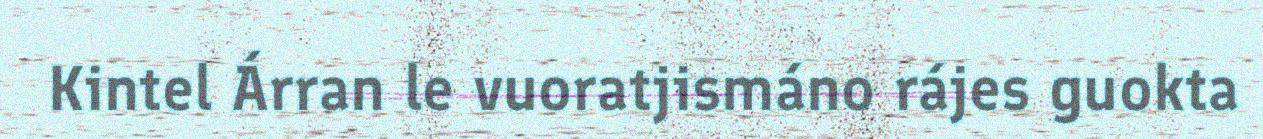
Kintel Árran le vuoratjismáno rájes guokta